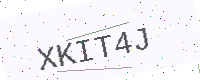
Text: XKIT4J